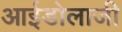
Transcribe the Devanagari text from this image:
आईडोलाजी